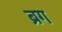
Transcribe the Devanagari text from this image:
ब्रग